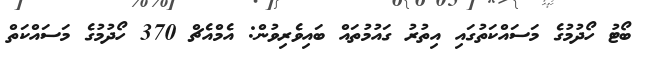
ބޯޓު ހޯދުމުގެ މަސައްކަތުގައި އިތުރު ގައުމުތައް ބައިވެރިވުން: އެމްއެޗް 370 ހޯދުމުގެ މަސައްކަތް